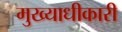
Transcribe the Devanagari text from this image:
मुख्याधीकारी